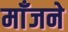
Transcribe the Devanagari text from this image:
माँजने